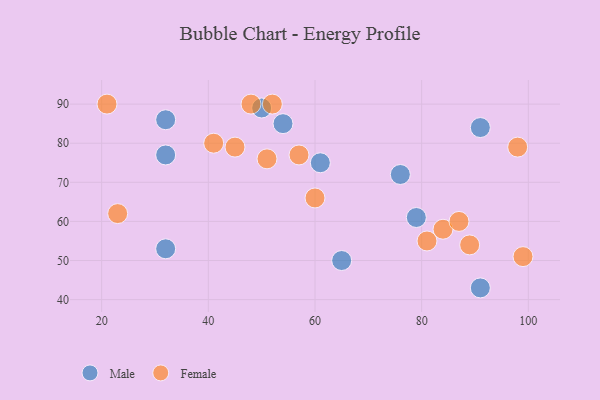
{"axis": {"x": "GDP", "y": "Life Expectancy"}, "legend": ["Female", "Male"], "data": [{"x": "32", "y": 86, "type": "Male"}, {"x": "76", "y": 72, "type": "Male"}, {"x": "61", "y": 75, "type": "Male"}, {"x": "91", "y": 84, "type": "Male"}, {"x": "79", "y": 61, "type": "Male"}, {"x": "32", "y": 77, "type": "Male"}, {"x": "32", "y": 53, "type": "Male"}, {"x": "50", "y": 89, "type": "Male"}, {"x": "65", "y": 50, "type": "Male"}, {"x": "91", "y": 43, "type": "Male"}, {"x": "54", "y": 85, "type": "Male"}, {"x": "84", "y": 58, "type": "Female"}, {"x": "99", "y": 51, "type": "Female"}, {"x": "23", "y": 62, "type": "Female"}, {"x": "45", "y": 79, "type": "Female"}, {"x": "52", "y": 90, "type": "Female"}, {"x": "51", "y": 76, "type": "Female"}, {"x": "89", "y": 54, "type": "Female"}, {"x": "41", "y": 80, "type": "Female"}, {"x": "57", "y": 77, "type": "Female"}, {"x": "87", "y": 60, "type": "Female"}, {"x": "98", "y": 79, "type": "Female"}, {"x": "48", "y": 90, "type": "Female"}, {"x": "81", "y": 55, "type": "Female"}, {"x": "60", "y": 66, "type": "Female"}, {"x": "21", "y": 90, "type": "Female"}]}